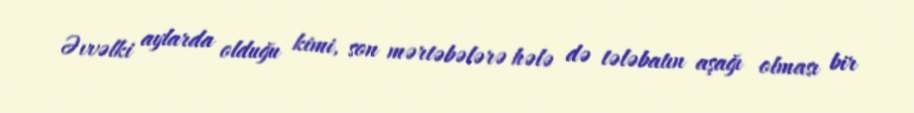
Əvvəlki aylarda olduğu kimi, son mərtəbələrə hələ də tələbatın aşağı olması bir